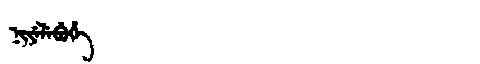
Manchu: ᠨᡳᠶᡝᠯᡝᠪᡠᡥᡝ
Romanization: NIYELEBUHE